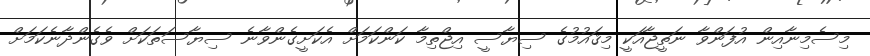
މިސެމިނާއިން އުފަންވާ ނަތީޖާއަކީ މިޤައުމުގެ ސިޔާސީ އިޖްތިމާ ކަންކަމަށް އެކަށީގެންވާނެ ސިޔާސަތަކަށް ވެގެންދާނެކަމަށް